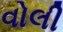
વોલી